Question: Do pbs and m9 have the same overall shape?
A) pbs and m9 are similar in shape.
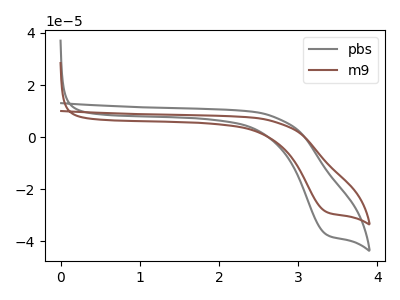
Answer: <think>The gray curve "pbs" has a cathodic peak at: (3.35V, -37.40uA). The brown curve "m9" has a cathodic peak at: (3.35V, -28.70uA).
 All the peaks in "pbs" have a peak in "m9" at the same potential. Every peak in "pbs" is higher than every peak in "m9".</think>
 <answer>A) "pbs" and "m9" are similar in shape.</answer>
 <eval>A</eval>